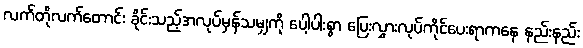
လက်တိုလက်တောင်း ခိုင်းသည့်အလုပ်မှန်သမျှကို ပေါ့ပါးစွာ ပြေးလွှားလုပ်ကိုင်ပေးရာကနေ နည်းနည်း